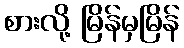
စားလို့ မြိန်မှမြိန်